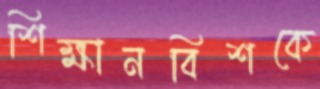
শিক্ষানবিশকে